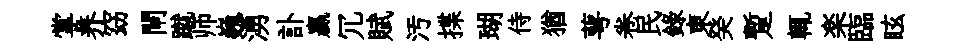
掌养窈閘蹴师巍湧訃贏冗賦汚揲瑚侍猶萼卷民錄東癸蹔輒楽臨眩